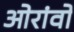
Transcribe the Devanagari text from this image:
ओरांवों